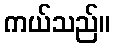
ကယ်သည်။